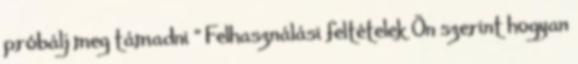
próbálj meg támadni ” Felhasználási feltételek Ön szerint hogyan